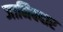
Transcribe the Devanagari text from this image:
जानिबदार